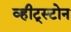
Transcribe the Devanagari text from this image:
व्हीट्स्टोन